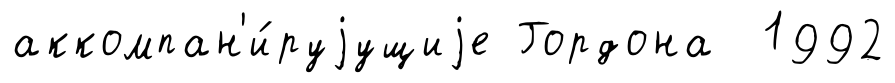
аккомпан'и́руjущиjе Гордона 1992